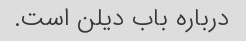
درباره باب دیلن است.